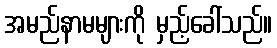
အမည်နာမများကို မှည့်ခေါ်သည်။